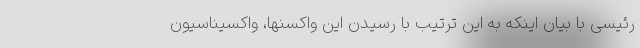
رئیسی با بیان اینکه به این ترتیب با رسیدن این واکسنها، واکسیناسیون